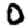
Digit: 0